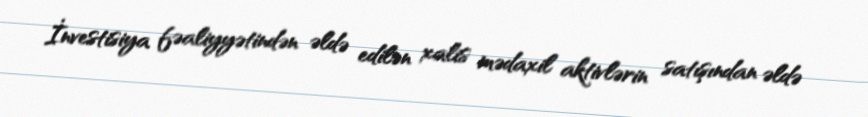
İnvestisiya fəaliyyətindən əldə edilən xalis mədaxil aktivlərin satışından əldə